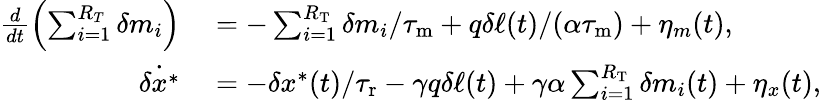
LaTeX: \begin{array}{rl}{\frac{d}{dt}\left(\sum_{i=1}^{R_{T}}\delta m_{i}\right)}&{{}=-\sum_{i=1}^{R_{\mathrm{T}}}\delta m_{i}/{\tau_{\mathrm{m}}}+q\delta\ell(t)/(\alpha{\tau_{\mathrm{m}}})+\eta_{m}(t),}\\ {\dot{\delta x^{\ast}}}&{{}=-\delta x^{\ast}(t)/{\tau_{\mathrm{r}}}-\gamma q\delta\ell(t)+\gamma\alpha\sum_{i=1}^{R_{\mathrm{T}}}\delta m_{i}(t)+\eta_{x}(t),}\end{array}